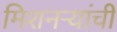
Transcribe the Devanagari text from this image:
मिशनऱ्यांची